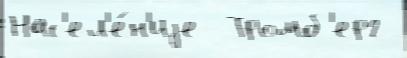
Нас'ел'е́н'иjе  Тромб'ерг